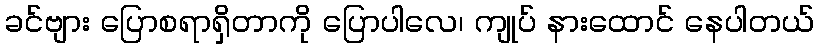
ခင်ဗျား ပြောစရာရှိတာကို ပြောပါလေ၊ ကျုပ် နားထောင် နေပါတယ်